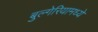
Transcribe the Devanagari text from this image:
बुल्गेरियामध्ये